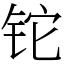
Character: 铊